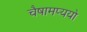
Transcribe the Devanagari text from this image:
चैषामप्ययो